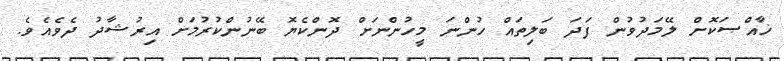
ޚާއްޞަކޮށް ލޭމަދުވުން ފަދަ ބަލިތައް ހުންނަ މީހުންނަށް ދޮންކެޔޮ ބޭނުންކުރުމަށް އިރުޝާދު ދެވެއެވެ.